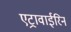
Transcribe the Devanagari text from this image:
एट्रावाईरिन